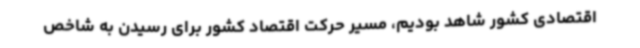
اقتصادی کشور شاهد بودیم، مسیر حرکت اقتصاد کشور برای رسیدن به شاخص